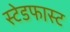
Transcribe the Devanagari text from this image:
स्टेडफास्ट